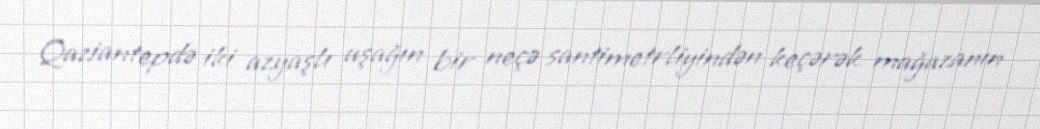
Qaziantepdə iki azyaşlı uşağın bir neçə santimetrliyindən keçərək mağazanın